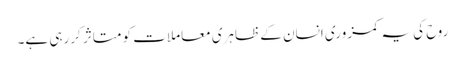
روح کی یہ کمزوری انسان کے ظاہری معاملات کو متاثر کررہی ہے۔